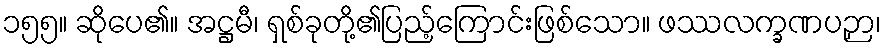
၁၅၅။ ဆိုပေ၏။ အဋ္ဌမီ၊ ရှစ်ခုတို့၏ပြည့်ကြောင်းဖြစ်သော။ ဖဿလက္ခဏပဉှာ၊